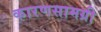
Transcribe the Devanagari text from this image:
कारणसामग्री